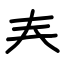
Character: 𡗗